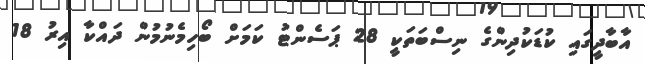
އާބާދީގައި ކުޑަކުދިންގެ ނިސްބަތަކީ 28 ޕަސެންޓު ކަމަށް ބޯހިމެނުމުން ދައްކާ އިރު 18